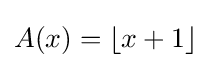
A(x)=\lfloor x+1\rfloor